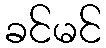
ခင်မင်